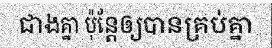
ជាងគ្នា ប៉ុន្តែឲ្យបានគ្រប់គ្នា